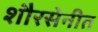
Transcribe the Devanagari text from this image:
शौरसेनीत